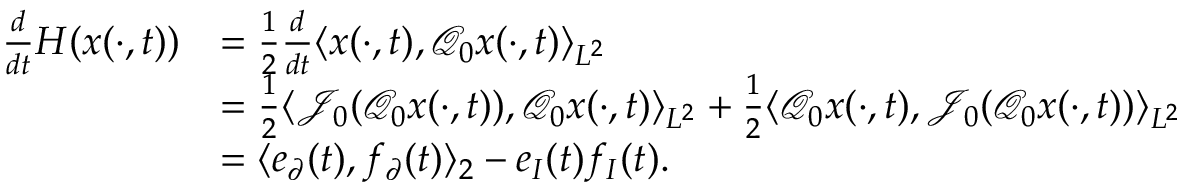
\begin{array} { r l } { \frac { d } { d t } H ( x ( \cdot , t ) ) } & { = \frac { 1 } { 2 } \frac { d } { d t } \langle x ( \cdot , t ) , \mathcal { Q } _ { 0 } x ( \cdot , t ) \rangle _ { L ^ { 2 } } } \\ & { = \frac { 1 } { 2 } \langle \mathcal { J } _ { 0 } ( \mathcal { Q } _ { 0 } x ( \cdot , t ) ) , \mathcal { Q } _ { 0 } x ( \cdot , t ) \rangle _ { L ^ { 2 } } + \frac { 1 } { 2 } \langle \mathcal { Q } _ { 0 } x ( \cdot , t ) , \mathcal { J } _ { 0 } ( \mathcal { Q } _ { 0 } x ( \cdot , t ) ) \rangle _ { L ^ { 2 } } } \\ & { = \langle e _ { \partial } ( t ) , f _ { \partial } ( t ) \rangle _ { 2 } - e _ { I } ( t ) f _ { I } ( t ) . } \end{array}